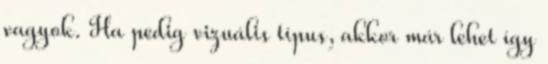
vagyok. Ha pedig vizuális típus, akkor már lehet így